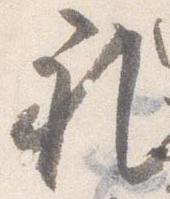
礼